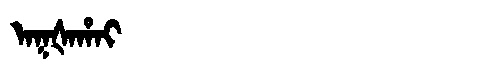
Manchu: ᠠᡴᡧᠠᡥᠠᡳ
Romanization: AKŠAHAI